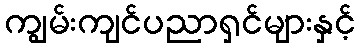
ကျွမ်းကျင်ပညာရှင်များနှင့်